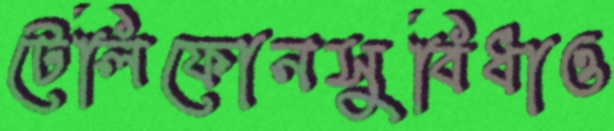
টেলিফোনসুবিধাও